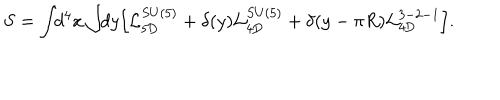
S = \int \! \! d ^ { 4 } x \int \! \! d y \Bigl [ { \cal L } _ { \mathrm { 5 D } } ^ { S U ( 5 ) } + \delta ( y ) { \cal L } _ { \mathrm { 4 D } } ^ { S U ( 5 ) } + \delta ( y - \pi R ) { \cal L } _ { \mathrm { 4 D } } ^ { 3 - 2 - 1 } \Bigr ] .